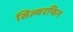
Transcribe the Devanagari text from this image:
सिल्वरफिन